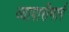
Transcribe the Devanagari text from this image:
व्यापारीमार्ग